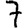
Digit: 7